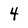
Character: 4